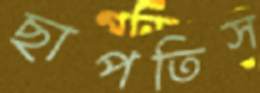
ছাপতিস